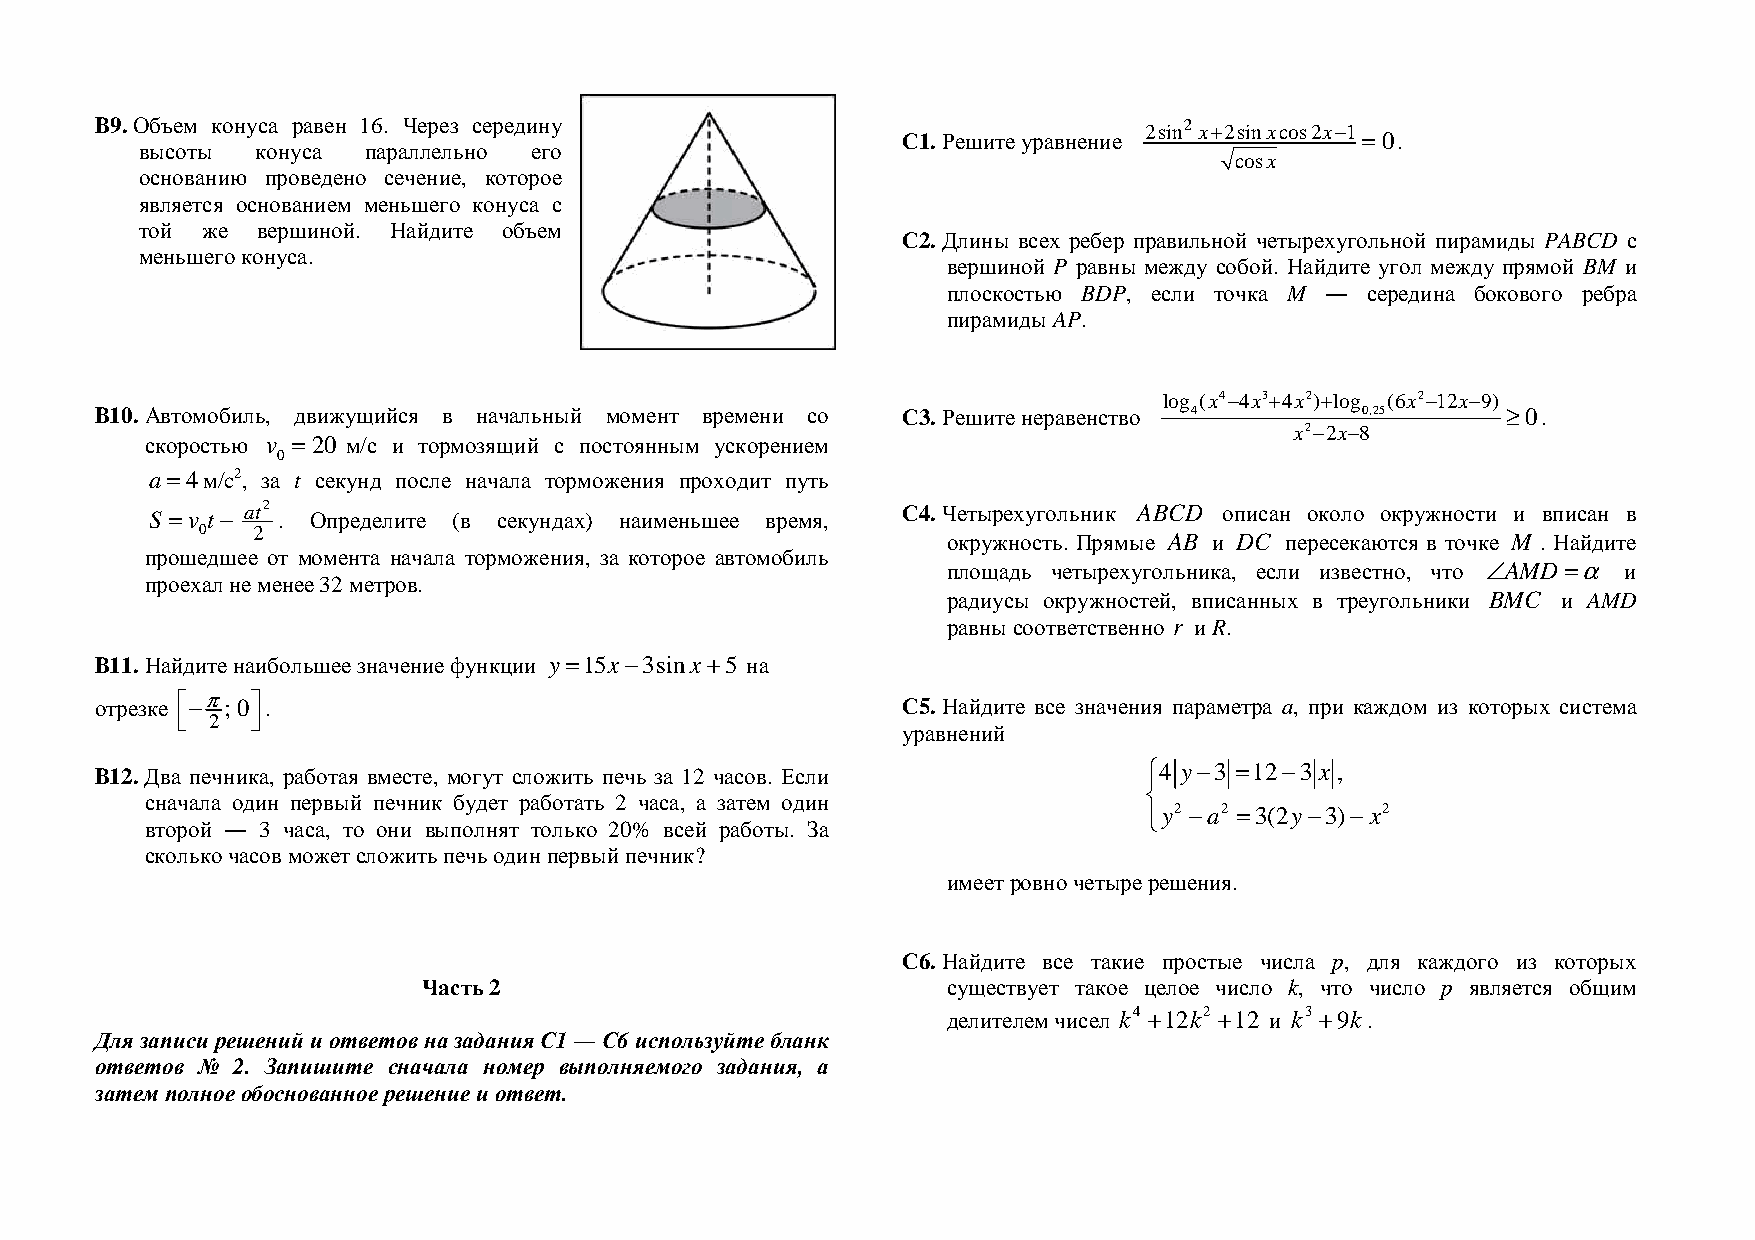
B9. Объем конуса равен 16. Через середину             С1. Решите уравнение 2sin2 x+2sinxcos2x- 1=0.
 высоты  конуса параллельно его
 cosx
 основанию проведено сечение, которое
 является основанием меньшего конуса с
 той же  вершиной. Найдите объем                    С2. Длины всех ребер правильной четырехугольной пирамиды PABCD с
 меньшего конуса.
 вершиной P равны между собой. Найдите угол между прямой BM и
 плоскостью BDP, если точка M ― середина бокового ребра
 пирамиды AP.
 log (x4- 4x+3 4x2+) log (6x-2 1-2x 9)
 B10. Автомобиль, движущийся в начальный момент времени со С3. Решите неравенство 4  0,25      ‡ 0.
 скоростью v =20 м/с и тормозящий с постоянным ускорением                    x2- 2-x 8
 0
 a=4м/c2,
 за t секунд после начала торможения проходит путь
 S =v t- at2 . Определите (в секундах) наименьшее время, С4. Четырехугольник ABCD описан около окружности и вписан в
 0   2
 окружность. Прямые AB и DC пересекаются в точке M . Найдите
 прошедшее от момента начала торможения, за которое автомобиль
 площадь четырехугольника, если известно, что — AMD =a и
 проехал не менее 32 метров.
 радиусы окружностей, вписанных в треугольники BMC и AMD
 равны соответственно r и R.
 B11. Найдите наибольшее значение функции y=15x- 3sinx+ 5 на
 отрезке - p ;0 .                                    С5. Найдите все значения параметра a, при каждом из которых система
  2  
 уравнений
 B12. Два печника, работая вместе, могут сложить печь за 12 часов. Если 4 y- 3= 12- 3 x ,
 
 сначала один первый печник будет работать 2 часа, а затем один
 y2 - a2= 3(2y- -3) x2
 второй ― 3 часа, то они выполнят только 20% всей работы. За
 сколько часов может сложить печь один первый печник?
 имеет ровно четыре решения.
 С6. Найдите все такие простые числа p, для каждого из которых
 Часть 2                            существует такое целое число k, что число p является общим
 делителем чисел k4 +12k2 +12 и k3 +9k.
 Для записи решений и ответов на задания С1 ― С6 используйте бланк
 ответов № 2. Запишите сначала номер выполняемого задания, а
 затем полное обоснованное решение и ответ.